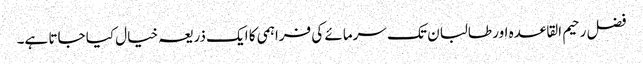
فضل رحیم القاعدہ اور طالبان تک سرمائے کی فراہمی کا ایک ذریعہ خیال کیا جاتا ہے۔